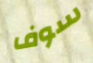
سوف